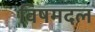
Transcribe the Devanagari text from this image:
विषमदल